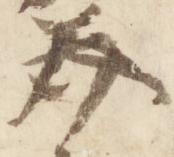
美